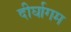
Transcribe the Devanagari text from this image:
दीर्घागम